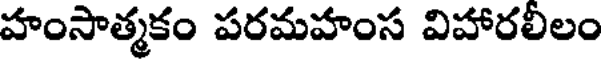
హంసాత్మకం పరమహంస విహారలీలం